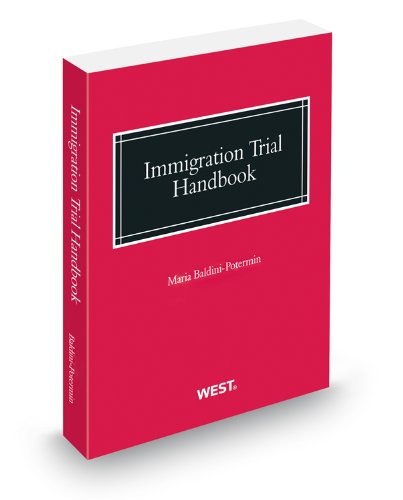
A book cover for Immigration Trial Handbook, 2012 ed.; Maria Baldini-Potermin; Law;